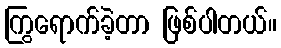
ကြွရောက်ခဲ့တာ ဖြစ်ပါတယ်။